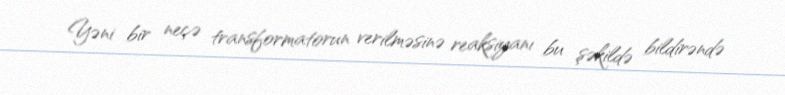
Yəni bir neçə transformatorun verilməsinə reaksiyanı bu şəkildə bildirəndə